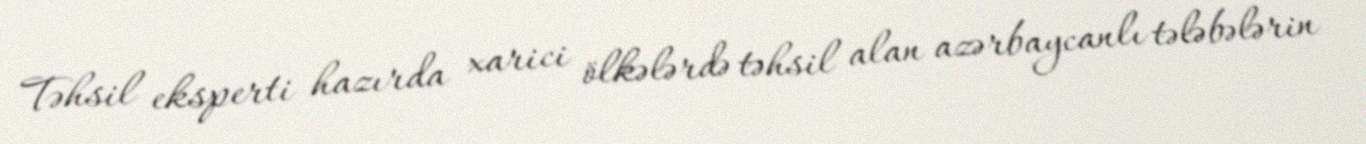
Təhsil eksperti hazırda xarici ölkələrdə təhsil alan azərbaycanlı tələbələrin